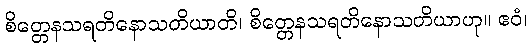
စိတ္တေနသရတိနောသတိယာတိ၊ စိတ္တေနသရတိနောသတိယာဟု။ ဧဝံ၊